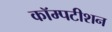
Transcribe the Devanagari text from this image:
कॉम्पटीशन